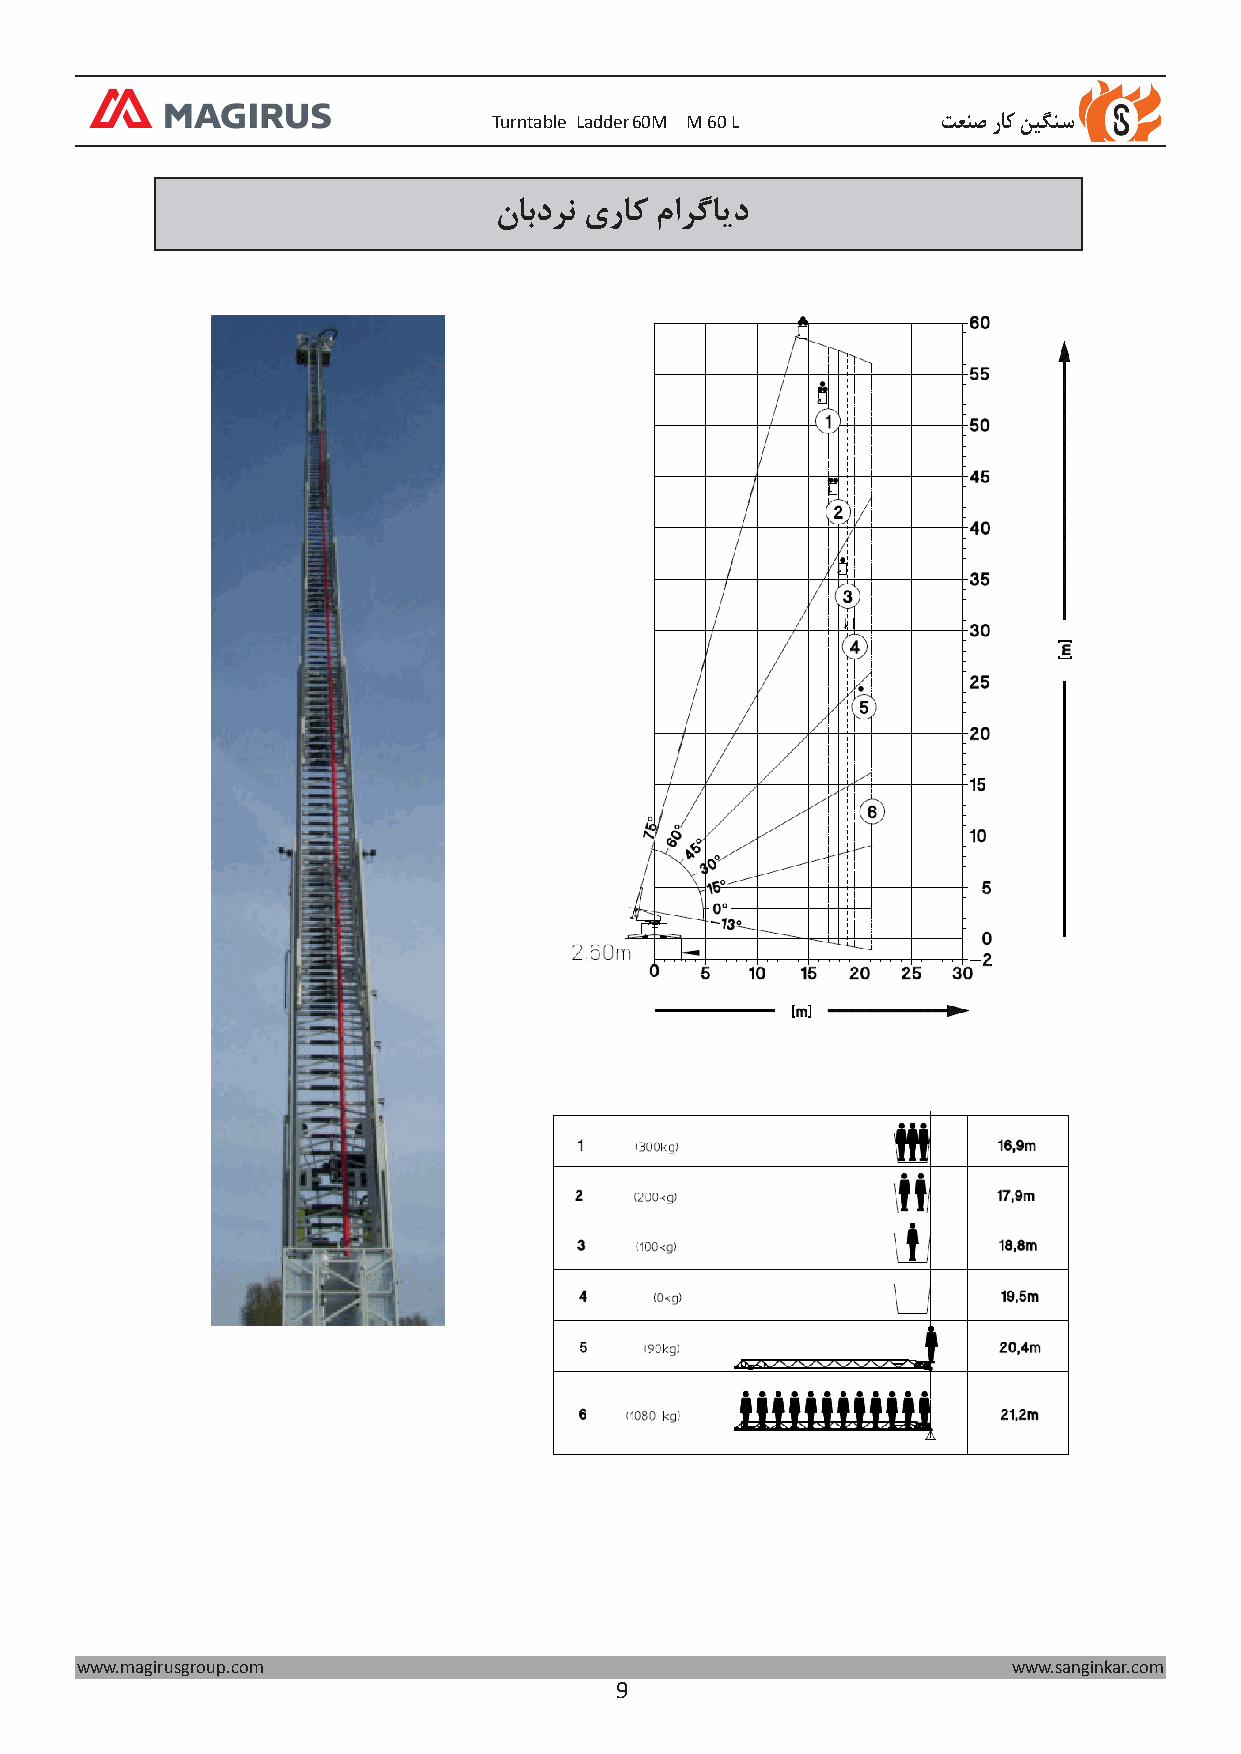
Turntable Ladder60M M 60 L   تعنص راک نیگنس
 نابدرن یراک مارگاید
 www.magirusgroup.com                                          www.sanginkar.com
 9